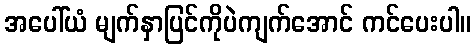
အပေါ်ယံ မျက်နှာပြင်ကိုပဲကျက်အောင် ကင်ပေးပါ။